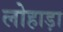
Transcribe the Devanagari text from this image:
लोहाड़ा